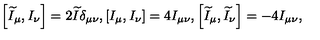
\left[ \widetilde { I } _ { \mu } , I _ { \nu } \right] = 2 \widetilde { I } \delta _ { \mu \nu } , \left[ I _ { \mu } , I _ { \nu } \right] = 4 I _ { \mu \nu } , \left[ \widetilde { I } _ { \mu } , \widetilde { I } _ { \nu } \right] = - 4 I _ { \mu \nu } ,